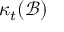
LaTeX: \ \kappa _ { t } ( { \mathcal { B } } )